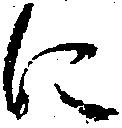
に